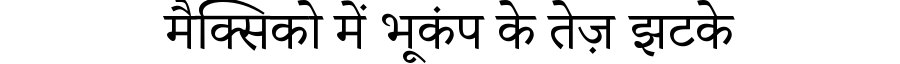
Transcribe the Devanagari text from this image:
मैक्सिको में भूकंप के तेज़ झटके